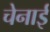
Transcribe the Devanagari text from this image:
चेनाई